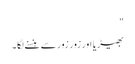
"
بھیڑیا اور زور زور سے ہنسنے لگا۔